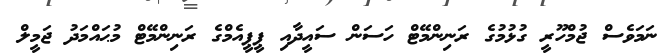
ނަމަވެސް ޖުމްހޫރީ ގުޅުމުގެ ރަނިންމޭޓް ހަސަން ސައީދާއި ޕީޕީއެމްގެ ރަނިންމޭޓް މުޙައްމަދު ޖަމީލް